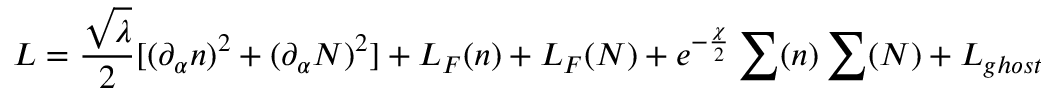
L = \frac { \sqrt { \lambda } } { 2 } [ ( \partial _ { \alpha } n ) ^ { 2 } + ( \partial _ { \alpha } N ) ^ { 2 } ] + L _ { F } ( n ) + L _ { F } ( N ) + e ^ { - \frac { \chi } { 2 } } \sum ( n ) \sum ( N ) + L _ { g h o s t }